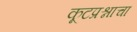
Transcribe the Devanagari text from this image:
कूटप्रश्नाचा